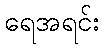
ရေအရင်း